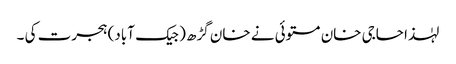
لہٰذا حاجی خان مستوئی نے خان گڑھ ( جیک آباد) ہجرت کی ۔